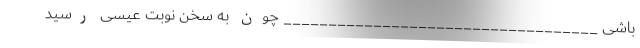
باشی ___________________________________ چون به سخن نوبت عیسی رسید